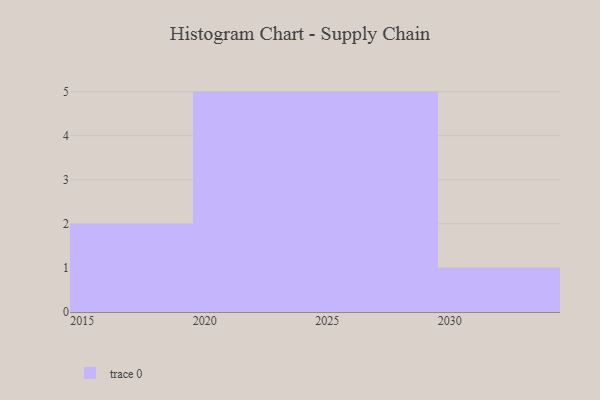
{"axis": {"x": "Year", "y": "Headcount"}, "legend": [""], "data": [{"x": "2022", "y": 41, "type": ""}, {"x": "2028", "y": 98, "type": ""}, {"x": "2019", "y": 68, "type": ""}, {"x": "2016", "y": 36, "type": ""}, {"x": "2029", "y": 80, "type": ""}, {"x": "2024", "y": 23, "type": ""}, {"x": "2020", "y": 53, "type": ""}, {"x": "2026", "y": 27, "type": ""}, {"x": "2030", "y": 66, "type": ""}, {"x": "2025", "y": 92, "type": ""}, {"x": "2027", "y": 14, "type": ""}, {"x": "2023", "y": 57, "type": ""}, {"x": "2021", "y": 70, "type": ""}]}